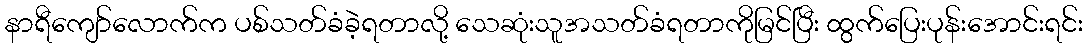
နာရီကျော်လောက်က ပစ်သတ်ခံခဲ့ရတာလို့ သေဆုံးသူအသတ်ခံရတာကိုမြင်ပြီး ထွက်ပြေးပုန်းအောင်းရင်း